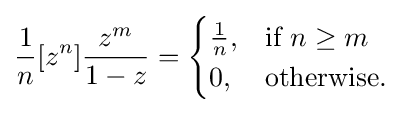
{\frac {1}{n}}[z^{n}]{\frac {z^{m}}{1-z}}={\begin{cases}{\frac {1}{n}},&{\mbox{if }}n\geq m\\0,&{\mbox{otherwise.}}\end{cases}}